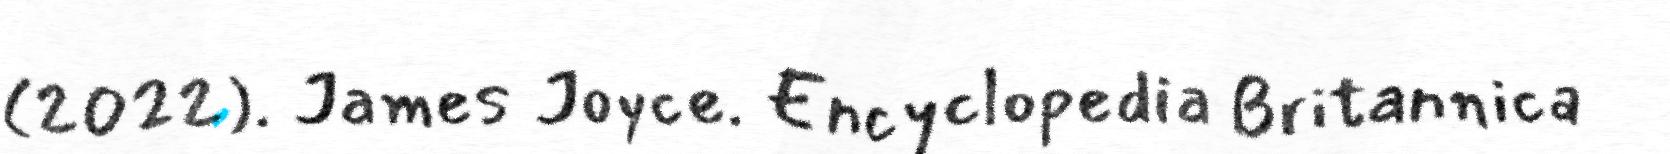
(2022). James Joyce. Encyclopedia Britannica